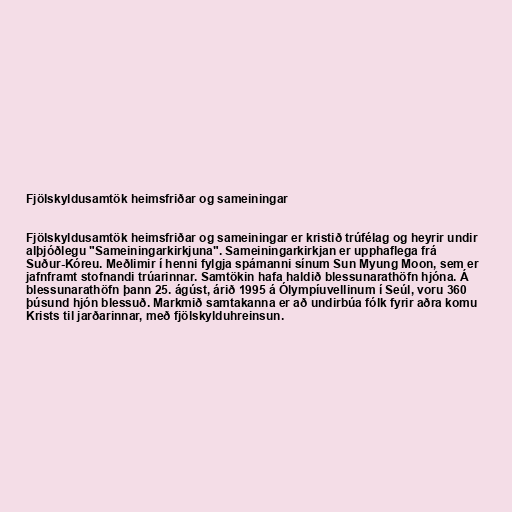
Fjölskyldusamtök heimsfriðar og sameiningar

Fjölskyldusamtök heimsfriðar og sameiningar er kristið trúfélag og heyrir undir
alþjóðlegu "Sameiningarkirkjuna". Sameiningarkirkjan er upphaflega frá
Suður-Kóreu. Meðlimir í henni fylgja spámanni sínum Sun Myung Moon, sem er
jafnframt stofnandi trúarinnar. Samtökin hafa haldið blessunarathöfn hjóna. Á
blessunarathöfn þann 25. ágúst, árið 1995 á Ólympíuvellinum í Seúl, voru 360
þúsund hjón blessuð. Markmið samtakanna er að undirbúa fólk fyrir aðra komu
Krists til jarðarinnar, með fjölskylduhreinsun.